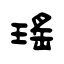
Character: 瑤